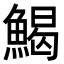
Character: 𩹄